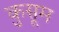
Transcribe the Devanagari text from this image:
कुसूम